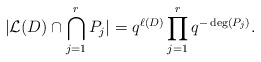
\begin{align*} \vert \mathcal{L}(D) \cap \bigcap_{j=1}^r P_j \vert = q^{\ell(D)} \prod_{j=1}^r q^{-\deg(P_j)}. \end{align*}